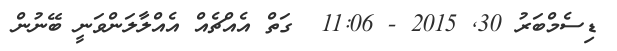
ޑިސެމްބަރު 30